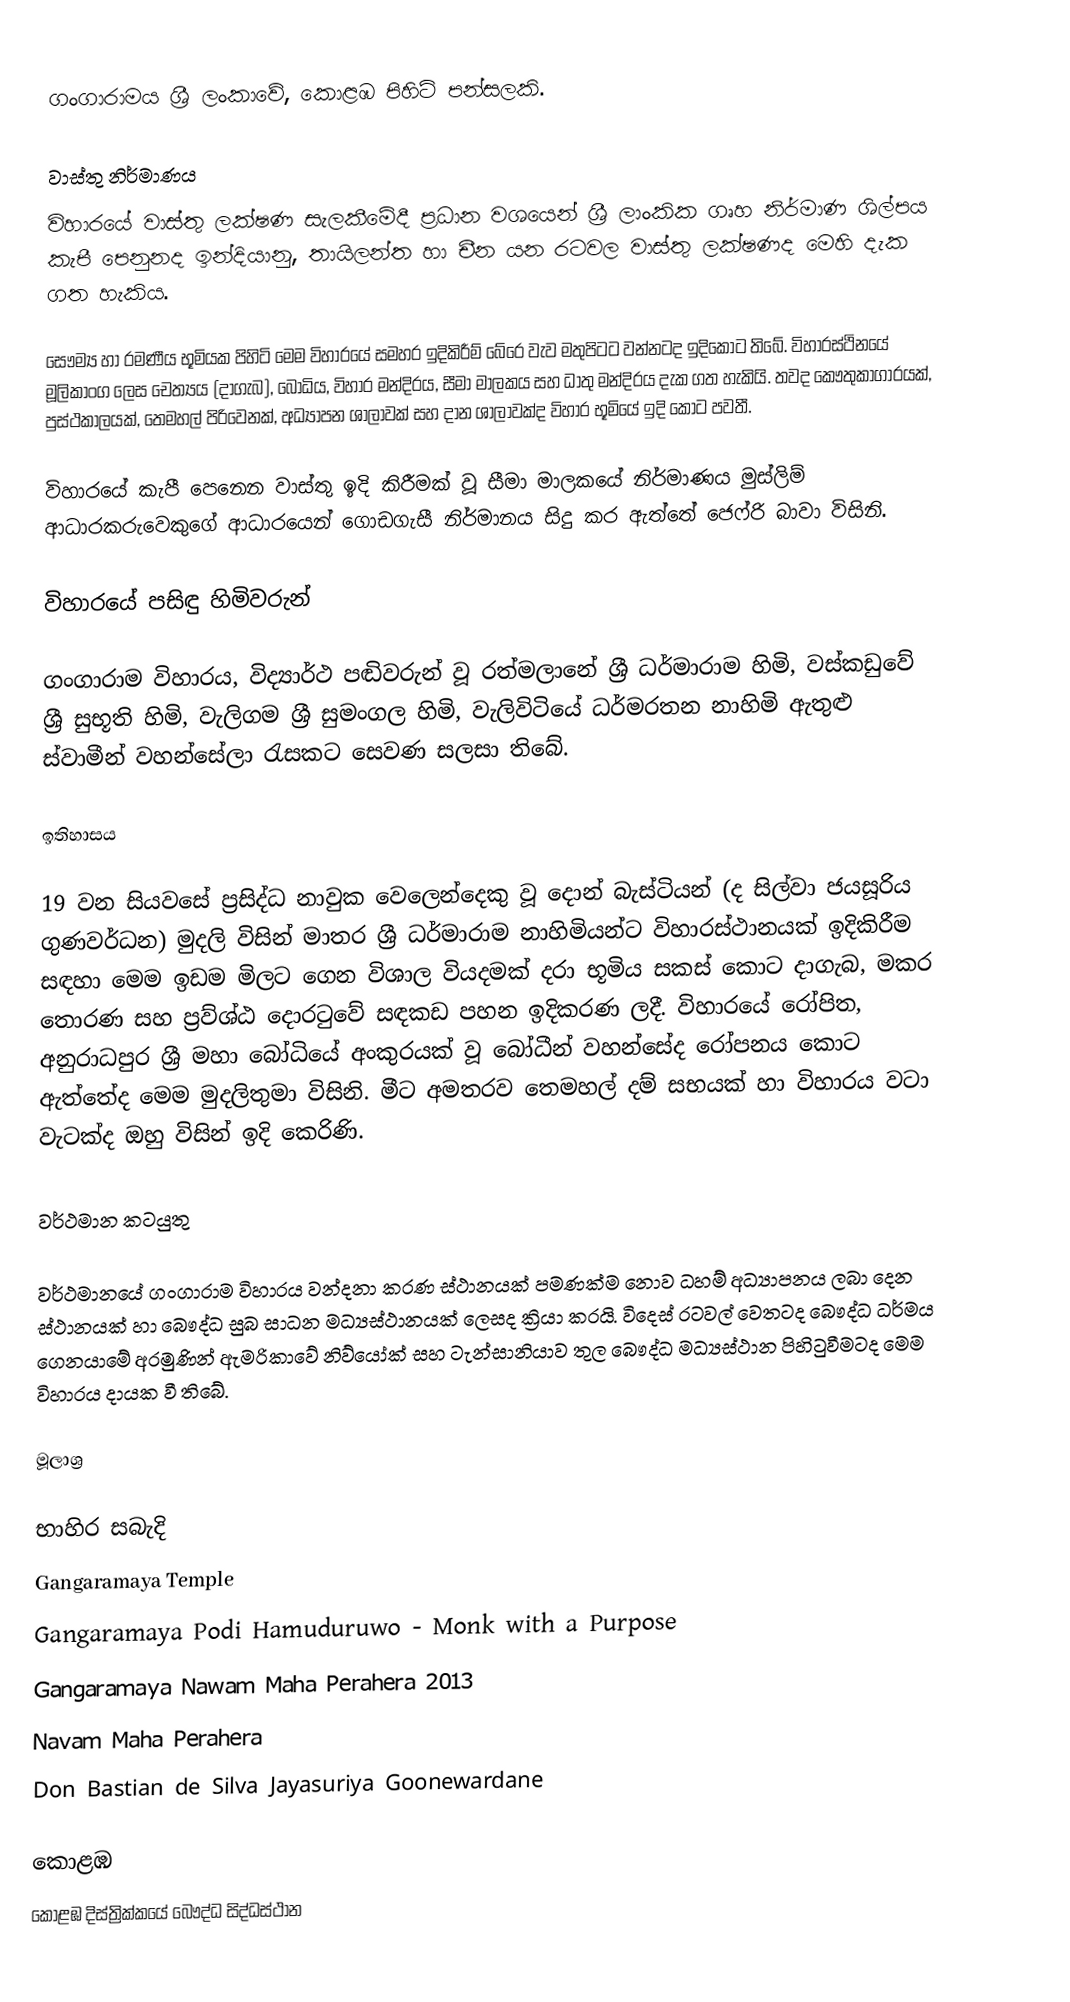
ගංගාරාමය ශ්‍රී ලංකාවේ, කොළඹ පිහිටි පන්සලකි.

වාස්තු නිර්මාණය
විහාරයේ වාස්තු ලක්ෂණ සැලකීමේදී ප්‍රධාන වශයෙන් ශ්‍රී ලාංකික ගෘහ නිර්මාණ ශිල්පය කැපී පෙනුනද ඉන්දියානු, තායිලන්ත හා චීන යන රටවල වාස්තු ලක්ෂණද මෙහි දැක ගත හැකිය.

සෞම්‍ය හා රමණීය භූමියක පිහිටි මෙම විහාරයේ සමහර ඉදිකිරීම් බේරෙ වැව මතුපිටට වන්නටද ඉදිකොට තිබේ. විහාරස්ථිනයේ මූලිකාංග ලෙස චෙත්‍යය (දාගැබ), බෝධිය, විහාර මන්දිරය, සීමා මාලකය සහ ධාතු මන්දිරය දැක ගත හැකියි. තවද කෞතුකාගාරයක්, පුස්ථකාලයක්, තෙමහල් පිරිවෙනක්, අධ්‍යාපන ශාලාවක් සහ දාන ශාලාවක්ද විහාර භූමියේ ඉදි කොට පවතී.

විහාරයේ කැපී පෙනෙන වාස්තු ඉදි කිරීමක් වූ සීමා මාලකයේ නිර්මාණය මුස්ලිම් ආධාරකරුවෙකුගේ ආධාරයෙන් ගොඩගැසී නිර්මානය සිදු කර ඇත්තේ ජෙෆ්රි බාවා විසිනි.

විහාරයේ පසිඳු හිමිවරුන්

ගංගාරාම විහාරය, විද්‍යාර්ථ පඬිවරුන් වූ රත්මලානේ ශ්‍රී ධර්මාරාම හිමි, වස්කඩුවේ ශ්‍රී සුභූති හිමි, වැලිගම ශ්‍රී සුමංගල හිමි, වැලිවිටියේ ධර්මරතන නාහිමි ඇතුළු ස්වාමීන් වහන්සේලා රැසකට සෙවණ සලසා තිබේ.

ඉතිහාසය

19 වන සියවසේ ප්‍රසිද්ධ නාවුක වෙලෙන්දෙකු වූ දොන් බැස්ටියන් (ද සිල්වා ජයසූරිය ගුණවර්ධන) මුදලි විසින් මාතර ශ්‍රී ධර්මාරාම නාහිමියන්ට විහාරස්ථානයක් ඉදිකිරීම සඳහා මෙම ඉඩම මිලට ගෙන විශාල වියදමක් දරා භූමිය සකස් කොට දාගැබ, මකර තොරණ සහ ප්‍රව්ශ්ඨ දොරටුවේ සඳකඩ පහන ඉදිකරණ ලදී. විහාරයේ රෝපිත, අනුරාධපුර ශ්‍රී මහා බෝධියේ අංකුරයක් වූ බෝධීන් වහන්සේද රෝපනය කොට ඇත්තේද මෙම මුදලිතුමා විසිනි. මීට අමතරව තෙමහල් දම් සභයක් හා විහාරය වටා වැටක්ද ඔහු විසින් ඉදි කෙරිණි.

වර්ථමාන කටයුතු

වර්ථමානයේ ගංගාරාම විහාරය වන්දනා කරණ ස්ථානයක් පමණක්ම නොව ධහම් අධ්‍යාපනය ලබා දෙන ස්ථානයක් හා බෞද්ධ සුබ සාධන මධ්‍යස්ථානයක් ලෙසද ක්‍රියා කරයි. විදෙස් රටවල් වෙතටද බෞද්ධ ධර්මය ගෙනයාමේ අරමුණින් ඇමරිකාවේ නිව්යෝක් සහ ටැන්සානියාව තුල බෞද්ධ මධ්‍යස්ථාන පිහිටුවීමටද මෙම විහාරය දායක වී තිබේ.

මූලාශ්‍ර

භාහිර සබැදි
 Gangaramaya Temple
 Gangaramaya Podi Hamuduruwo - Monk with a Purpose
 Gangaramaya Nawam Maha Perahera 2013
 Navam Maha Perahera
 Don Bastian de Silva Jayasuriya Goonewardane

කොළඹ
කොළඹ දිස්ත්‍රික්කයේ බෞද්ධ සිද්ධස්ථාන‎